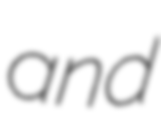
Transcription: and